Indian journal of veterinary science and animal husbandry - Volume 11,
Year: 1941
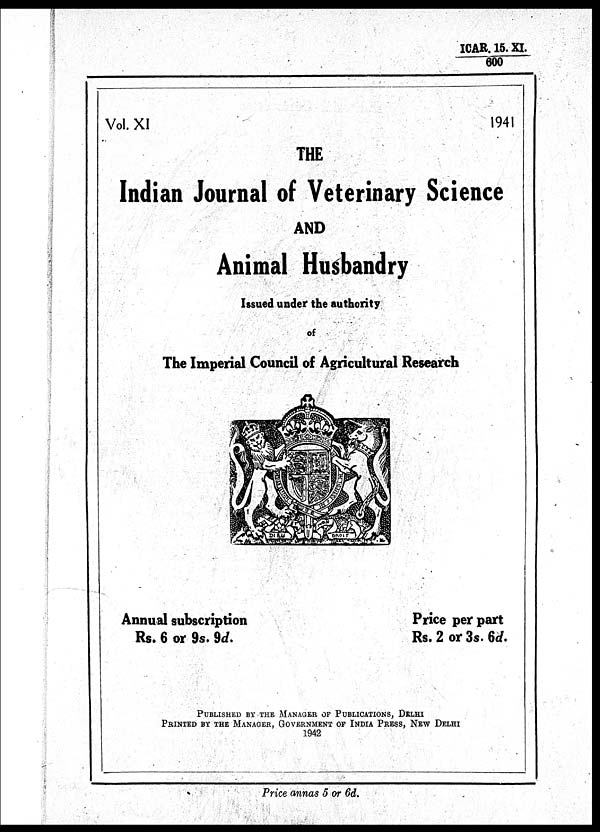
ICAR.
15.XI. / 600
Vol.
XI
1941
THE
Indian Journal of Veterinary Science
AND
Animal Husbandry
Issued under the authority
of
The Imperial Council of Agricultural Research
Annual subscription
Rs. 6 or 9s. 9d.
Price per part
Rs. 2 or 3s. 6d.
PUBLISHED BY THE MANAGER OF PUBLICATIONS, DELHI
PRINTED BY THE MANAGER, GOVERNMENT OF INDIA PRESS, NEW DELHI
1942
Price annas 5 or 6d.